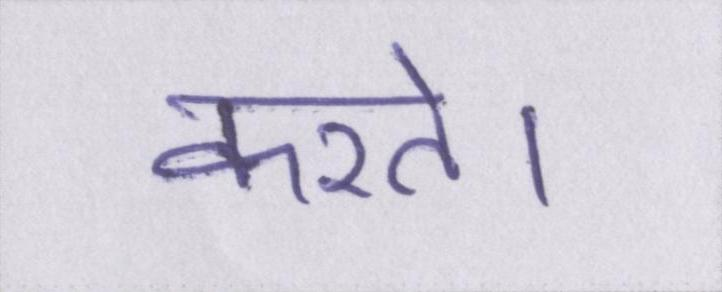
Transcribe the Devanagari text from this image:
करते।